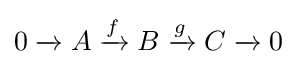
0\;{\xrightarrow {}}\;A\;{\xrightarrow {f}}\;B\;{\xrightarrow {g}}\;C\;{\xrightarrow {}}\;0